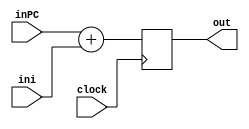

module ALUJump( //Summation of PC and Jump addr
    inPC,
    ini,
    clock,
    out
);
input[7:0] inPC;
input[7:0] ini;
input  clock;
output reg[7:0] out;

always@(negedge clock)
    out = inPC + ini;
endmodule